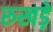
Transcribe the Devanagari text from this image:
रुखड़े